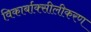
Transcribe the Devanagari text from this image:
विकार्बाक्सीलीकरण